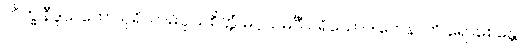
ဘိက္ခုနီဒူသကော ပုရိသာဓိပ္ပါယစိတ္တံ မဂ္ဂသမင်္ဂီ ပရိယောဒါတေနာတိ ရောစေန္တော